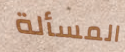
المسألة